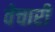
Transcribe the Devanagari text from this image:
वेचारी